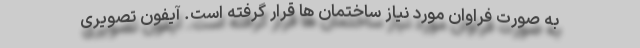
به صورت فراوان مورد نیاز ساختمان ها قرار گرفته است. آیفون تصویری